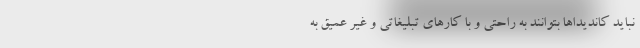
نباید کاندیداها بتوانند به راحتی و با کارهای تبلیغاتی و غیر عمیق به